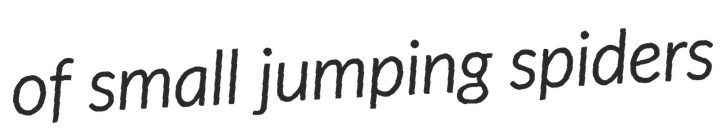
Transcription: of small jumping spiders